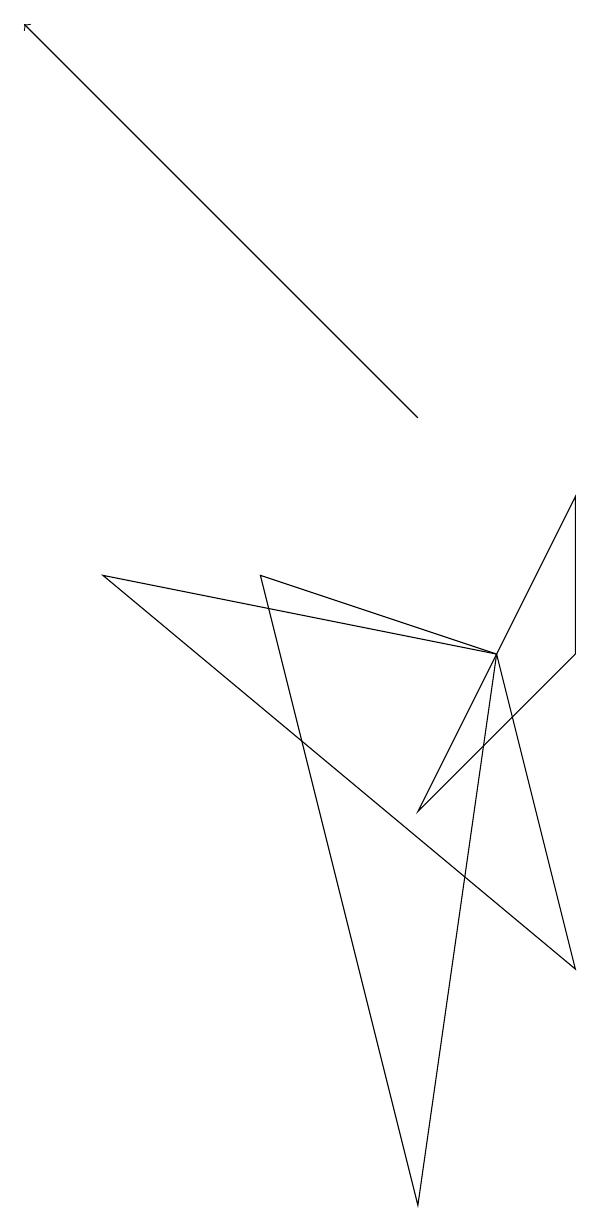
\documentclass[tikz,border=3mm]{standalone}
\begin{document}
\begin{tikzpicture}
\draw (7,7) -- (2,8) -- (8,3) -- cycle;
\draw (8,7) -- (6,5) -- (8,9) -- cycle;
\draw (6,0) -- (7,7) -- (4,8) -- cycle;
\draw[->] (6,10) -- (1,15);
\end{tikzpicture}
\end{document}